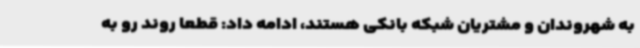
به شهروندان و مشتریان شبکه بانکی هستند، ادامه داد: قطعا روند رو به